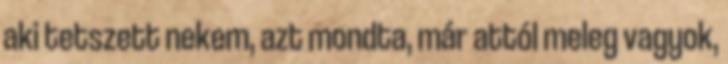
aki tetszett nekem, azt mondta, már attól meleg vagyok,